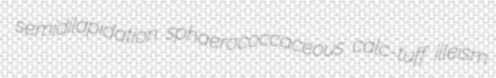
semidilapidation sphaerococcaceous calc-tuff illeism